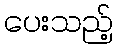
ပေးသည့်